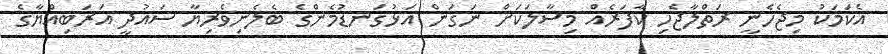
އެކަމަކު މިޖެހެނީ ރަތްލާޖެހި ކާފަރެއް މިސާލަކަށް ނަގަން އަޅުގަނޑުމެންގެ ބެލެނިވެރިޔާ ސައުދީ އަރަބިއްޔާގެ